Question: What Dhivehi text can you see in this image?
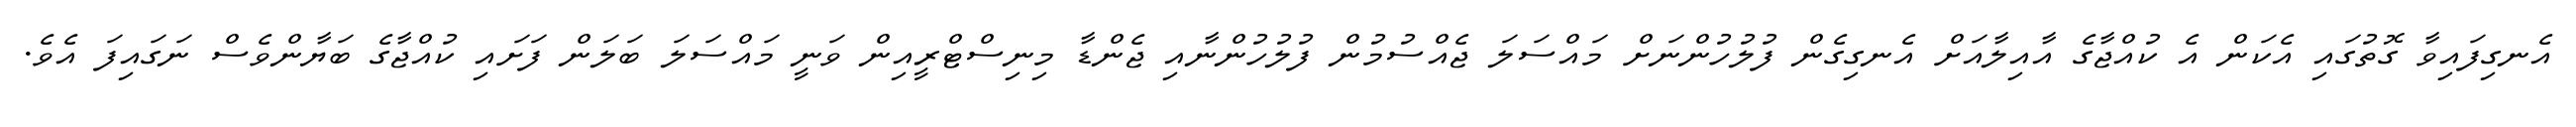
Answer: އެނގިފައިވާ ގޮތުގައި އެކަން އެ ކުއްޖާގެ އާއިލާއަށް އެނގިގެން ފުލުހުންނަށް މައްސަލަ ޖެއްސުމުން ފުލުހުންނާއި ޖެންޑާ މިނިސްޓްރީއިން ވަނީ މައްސަލަ ބަލަން ފަށައި ކުއްޖާގެ ބަޔާންވެސް ނަގައިފަ އެވެ.